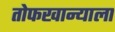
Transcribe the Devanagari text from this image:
तोफखान्याला